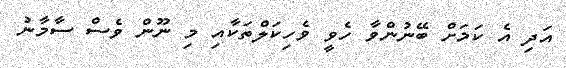
އަދި އެ ކަމަށް ބޭނުންވާ ހެވީ ވެހިކަލްތަކާއި މި ނޫން ވެސް ސާމާނު